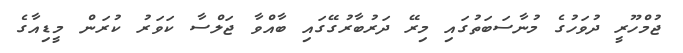
ޖުމްހޫރީ ދުވަހުގެ މުނާސަބަތުގައި މިރޭ ދަރުބާރުގޭގައި ބާއްވާ ޖަލްސާ ކަވަރު ކުރަން މީޑިއާގެ